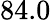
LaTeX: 84.0